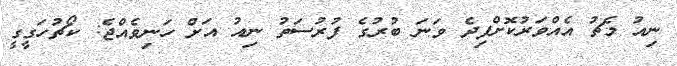
ނިއު މެޗު އެއްވަރުކޮށްފިދެ ވަނަ ބުރުގެ ފުރުސަތު ނިއު އަށް ހަނިވެއްޖެ: ކޯޗުހަގީގީ